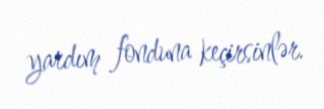
yardım fonduna keçirsinlər.